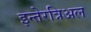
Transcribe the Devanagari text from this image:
इन्तेरत्रिअल